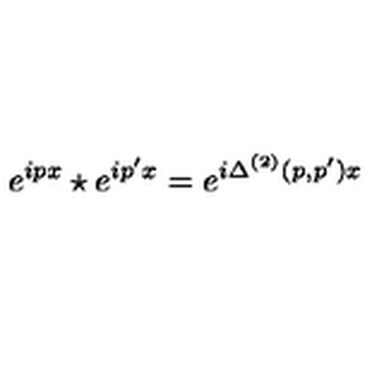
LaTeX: e ^ { i p x } \star e ^ { i p ^ { \prime } x } = e ^ { i \Delta ^ { ( 2 ) } ( p , p ^ { \prime } ) { x } }